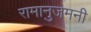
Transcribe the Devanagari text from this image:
रामानुजमनी